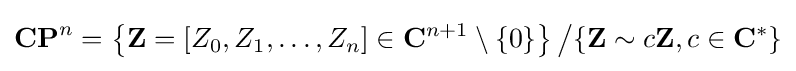
\mathbf {CP} ^{n}=\left\{\mathbf {Z} =[Z_{0},Z_{1},\ldots ,Z_{n}]\in {\mathbf {C} }^{n+1}\setminus \{0\}\right\}{\big /}\{\mathbf {Z} \sim c\mathbf {Z} ,c\in \mathbf {C} ^{*}\}